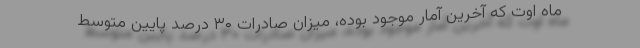
ماه اوت که آخرین آمار موجود بوده، میزان صادرات ۳۰ درصد پایین متوسط